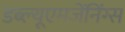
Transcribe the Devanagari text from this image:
डब्ल्यूएमजेंनिंग्स